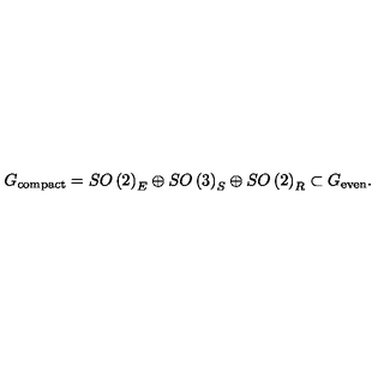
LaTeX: G _ { \mathrm { c o m p a c t } } = S O \left( 2 \right) _ { E } \oplus S O \left( 3 \right) _ { S } \oplus S O \left( 2 \right) _ { R } \subset G _ { \mathrm { e v e n } } .